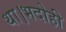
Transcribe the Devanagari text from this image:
था।भदोही